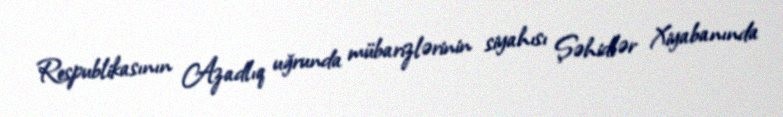
Respublikasının Azadlıq uğrunda mübarizlərinin siyahısı Şəhidlər Xiyabanında